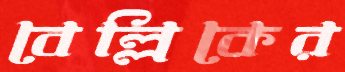
বেল্লিকের